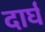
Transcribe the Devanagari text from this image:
दार्घ